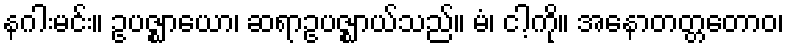
နဂါးမင်း။ ဥပဇ္ဈာယော၊ ဆရာဥပဇ္ဈာယ်သည်။ မံ၊ ငါ့ကို။ အနောတတ္တတောဝ၊